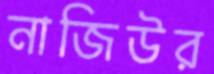
নাজিউর